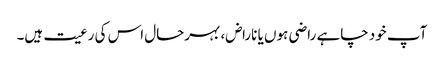
آپ خود چاہے راضی ہوں یا ناراض، بہرحال اس کی رعیت ہیں۔